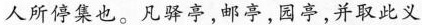
人所停集也。凡驿亭，邮亭，园亭，并取此义